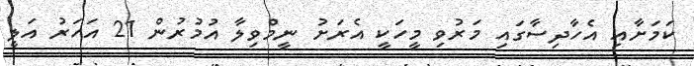
ކަމަށާއި އެހާދިސާގައި މަރުވި މީހަކީ އެރަށު ނީމްވިލާ އުމުރުން 21 އަހަރު އަލީ